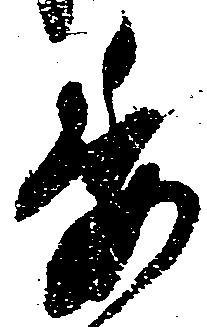
委